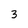
Character: 3